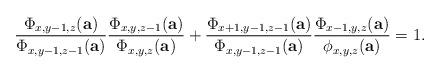
LaTeX: \begin{align*}\frac{\Phi_{x,y-1,z}(\textbf{a})}{\Phi_{x,y-1,z-1}(\textbf{a})}\frac{\Phi_{x,y,z-1}(\textbf{a})}{\Phi_{x,y,z}(\textbf{a})}+\frac{\Phi_{x+1,y-1,z-1}(\textbf{a})}{\Phi_{x,y-1,z-1}(\textbf{a})}\frac{\Phi_{x-1,y,z}(\textbf{a})}{\phi_{x,y,z}(\textbf{a})}=1.\end{align*}